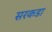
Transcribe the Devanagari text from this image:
सरकडा